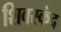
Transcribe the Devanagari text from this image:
शिवस्कंद